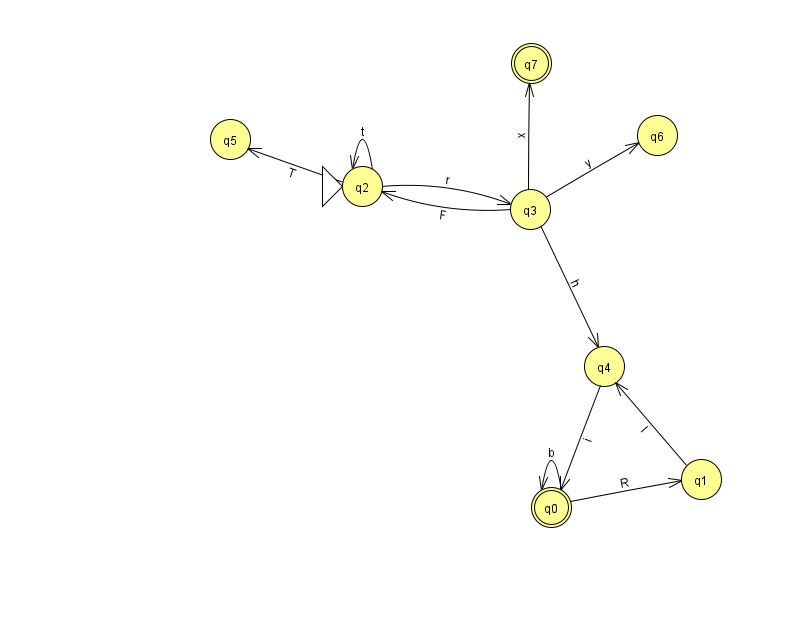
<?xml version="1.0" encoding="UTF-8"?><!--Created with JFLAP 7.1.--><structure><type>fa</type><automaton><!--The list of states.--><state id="0" name="q0"><x>551.0</x><y>494.0</y><final/></state><state id="1" name="q1"><x>701.0</x><y>466.0</y></state><state id="2" name="q2"><x>362.0</x><y>173.0</y><initial/></state><state id="3" name="q3"><x>530.0</x><y>196.0</y></state><state id="4" name="q4"><x>604.0</x><y>353.0</y></state><state id="5" name="q5"><x>230.0</x><y>126.0</y></state><state id="6" name="q6"><x>657.0</x><y>122.0</y></state><state id="7" name="q7"><x>531.0</x><y>50.0</y><final/></state><!--The list of transitions.--><transition><from>0</from><to>0</to><read>b</read></transition><transition><from>3</from><to>7</to><read>x</read></transition><transition><from>1</from><to>4</to><read>I</read></transition><transition><from>2</from><to>2</to><read>t</read></transition><transition><from>2</from><to>5</to><read>T</read></transition><transition><from>3</from><to>6</to><read>y</read></transition><transition><from>2</from><to>3</to><read>r</read></transition><transition><from>4</from><to>0</to><read>i</read></transition><transition><from>0</from><to>1</to><read>R</read></transition><transition><from>3</from><to>2</to><read>F</read></transition><transition><from>3</from><to>4</to><read>h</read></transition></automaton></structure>